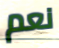
نعم